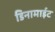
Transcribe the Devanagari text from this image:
डिनामाईट